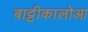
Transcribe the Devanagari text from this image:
बाट्टीकालोआ